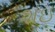
શઇ